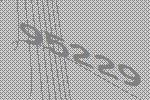
95229